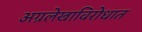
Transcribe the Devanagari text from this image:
अग्रलेखाविरोधात